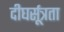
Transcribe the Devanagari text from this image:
दीघर्सूत्रता